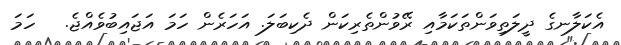
އެކަލާނގެ ދީލަތިވަންތަކަމާއި ރޭވުންތެރިކަން ދެކިބަލަ. އަހަރެން ހަމަ އަޖައިބުވެއްޖެ.   ހަމަ